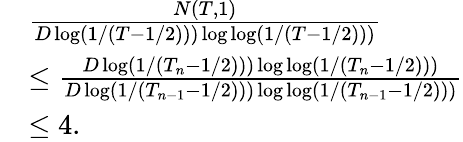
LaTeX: \begin{array}{rl}&{\frac{N(T,1)}{D\log(1/(T-1/2)))\log\log(1/(T-1/2)))}}\\ &{\leq\frac{D\log(1/(T_{n}-1/2)))\log\log(1/(T_{n}-1/2)))}{D\log(1/(T_{n-1}-1/2)))\log\log(1/(T_{n-1}-1/2)))}}\\ &{\leq 4.}\end{array}